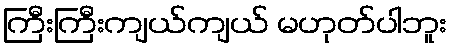
ကြီးကြီးကျယ်ကျယ် မဟုတ်ပါဘူး